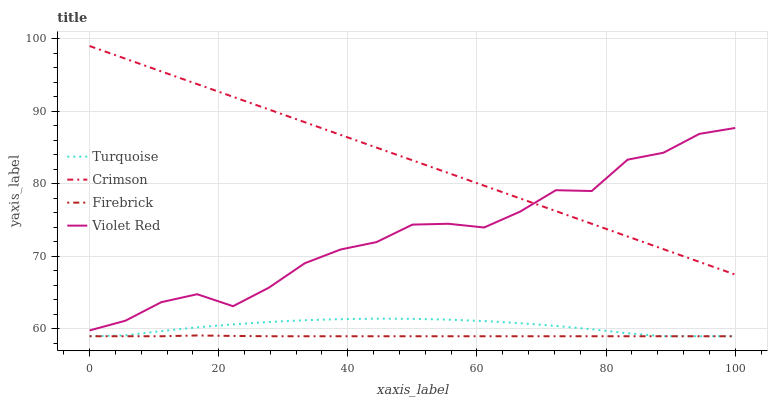
| xaxis_label | Turquoise | Crimson | Firebrick | Violet Red |
 | --- | --- | --- | --- | --- |
 | 0 | 59 | 99 | 59 | 59.8 |
 | 5.56 | 59.1 | 97.2 | 59 | 61.1 |
 | 11.1 | 59.7 | 95.5 | 59 | 63.7 |
 | 16.7 | 60.2 | 93.7 | 59.1 | 64.8 |
 | 22.2 | 60.6 | 92 | 59 | 63.1 |
 | 27.8 | 61 | 90.2 | 59 | 65.7 |
 | 33.3 | 61.2 | 88.5 | 59 | 69.1 |
 | 38.9 | 61.4 | 86.7 | 59 | 71 |
 | 44.4 | 61.4 | 85 | 59 | 72 |
 | 50 | 61.4 | 83.2 | 59 | 74.4 |
 | 55.6 | 61.3 | 81.5 | 59 | 74.5 |
 | 61.1 | 61.1 | 79.7 | 59 | 74 |
 | 66.7 | 60.8 | 78 | 59 | 76.2 |
 | 72.2 | 60.4 | 76.2 | 59 | 79.1 |
 | 77.8 | 60 | 74.5 | 59 | 79 |
 | 83.3 | 59.4 | 72.7 | 59 | 83.3 |
 | 88.9 | 59 | 71 | 59 | 84.3 |
 | 94.4 | 59 | 69.2 | 59 | 86.9 |
 | 100 | 59 | 67.5 | 59 | 87.7 |